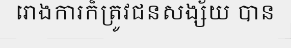
រោងការក៏ត្រូវជនសង្ស័យ បាន